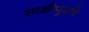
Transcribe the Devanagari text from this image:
साक्षीपुरावे